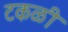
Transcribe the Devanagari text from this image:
टकळी